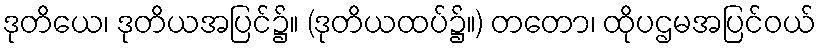
ဒုတိယေ၊ ဒုတိယအပြင်၌။ (ဒုတိယထပ်၌။) တတော၊ ထိုပဌမအပြင်ဝယ်